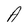
Character: A